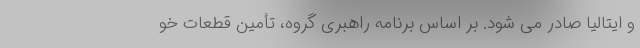
و ایتالیا صادر می شود. بر اساس برنامه راهبری گروه، تأمین قطعات خو